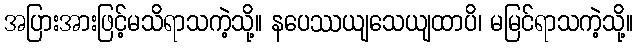
အပြားအားဖြင့်မသိရာသကဲ့သို့။ နပေဿယျသေယျထာပိ၊ မမြင်ရာသကဲ့သို့။